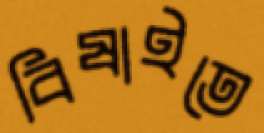
বিষাইতে